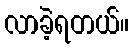
လာခဲ့ရတယ်။